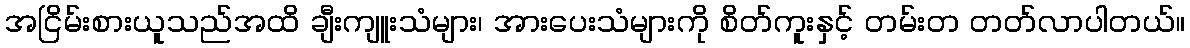
အငြိမ်းစားယူသည်အထိ ချီးကျူးသံများ၊ အားပေးသံများကို စိတ်ကူးနှင့် တမ်းတ တတ်လာပါတယ်။